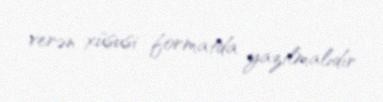
verən xüsusi formatda yazılmalıdır.